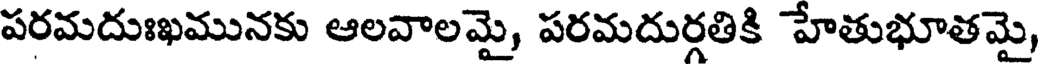
పరమదుఃఖమునకు ఆలవాలమై, పరమదుర్గతికి హేతుభూతమై,